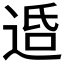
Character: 𨓈